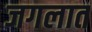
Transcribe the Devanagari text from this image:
जगलात